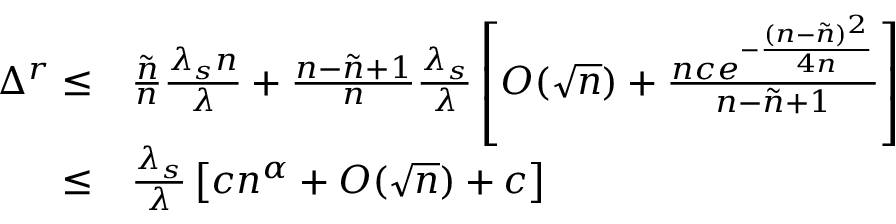
\begin{array} { r l } { \Delta ^ { r } \leq } & { \frac { \tilde { n } } { n } \frac { \lambda _ { s } n } { \lambda } + \frac { n - \tilde { n } + 1 } { n } \frac { \lambda _ { s } } { \lambda } \left[ O ( \sqrt { n } ) + \frac { n c e ^ { - \frac { ( n - \tilde { n } ) ^ { 2 } } { 4 n } } } { n - \tilde { n } + 1 } \right] } \\ { \leq } & { \frac { \lambda _ { s } } { \lambda } \left[ c n ^ { \alpha } + O ( \sqrt { n } ) + c \right] } \end{array}